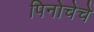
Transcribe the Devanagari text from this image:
पिनोचेचे